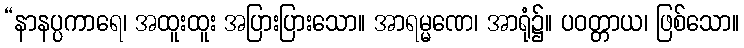
“နာနပ္ပကာရေ၊ အထူးထူး အပြားပြားသော။ အာရမ္မဏေ၊ အာရုံ၌။ ပဝတ္တာယ၊ ဖြစ်သော။